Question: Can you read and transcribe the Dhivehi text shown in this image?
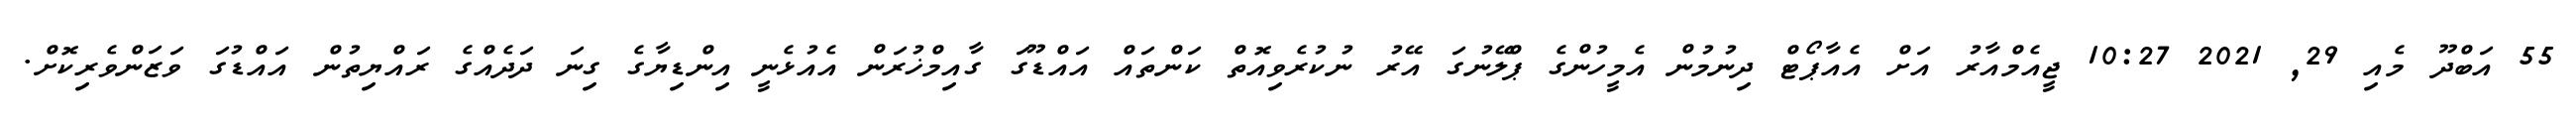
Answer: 55 އަބްދޫ މެއި 29, 2021 10:27 ޖީއެމްއާރު އަށް އެއާޕޯޓް ދިނުމުން އެމީހުންގެ ޕްލޭނުގަ އޭރު ނުކުރެވިއޮތް ކަންތައް އައްޑޫގަ ގާއިމްޚުރަން އެއުޅެނީ އިންޑިޔާގެ ގިނަ ދަދެއްގެ ރައްޔިތުން އައްޑުގަ ވަޒަންވެރިކޮށް.